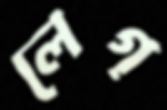
লেগ্